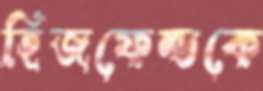
হিজফেল্ডকে